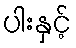
ပါးနှင့်